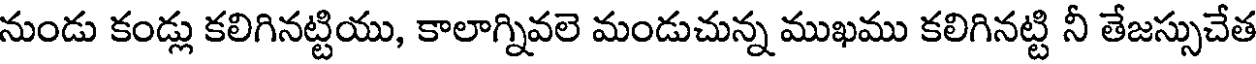
నుండు కండ్లు కలిగినట్టియు, కాలాగ్నివలె మండుచున్న ముఖము కలిగినట్టి నీ తేజస్సుచేత